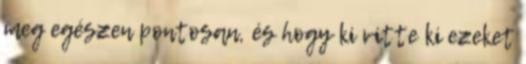
meg egészen pontosan, és hogy ki vitte ki ezeket